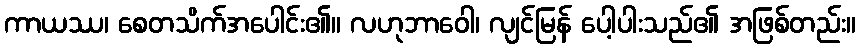
ကာယဿ၊ စေတသိက်အပေါင်း၏။ လဟုဘာဝေါ၊ လျင်မြန် ပေါ့ပါးသည်၏ အဖြစ်တည်း။